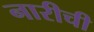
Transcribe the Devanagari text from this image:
नारीची